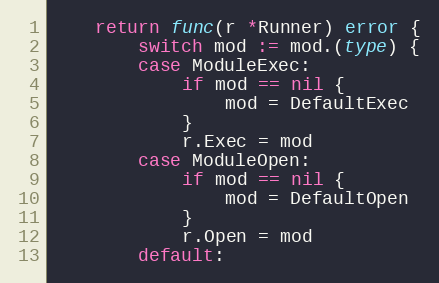
Language: Go
	return func(r *Runner) error {
		switch mod := mod.(type) {
		case ModuleExec:
			if mod == nil {
				mod = DefaultExec
			}
			r.Exec = mod
		case ModuleOpen:
			if mod == nil {
				mod = DefaultOpen
			}
			r.Open = mod
		default: